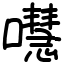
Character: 嚖